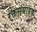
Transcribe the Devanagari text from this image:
रक्तसंग्राहक